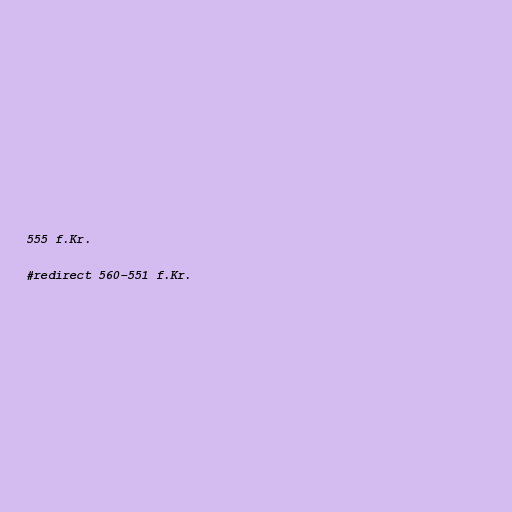
555 f.Kr.

#redirect 560–551 f.Kr.